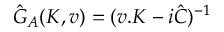
\hat { G } _ { A } ( K , v ) = ( v . K - i \hat { C } ) ^ { - 1 }